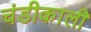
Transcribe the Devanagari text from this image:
चंडीकाली